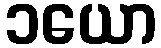
၁ယော